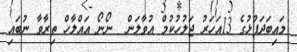
މައިބަދަފުޅުގެ 13އަހަރު ޖަލުހުކުމް އުވާލަން  ނޯނޯ އައްލާހް ތިރާވާ ނުބައި